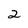
Character: 2